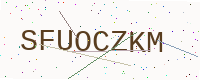
Text: SFUOCZKM